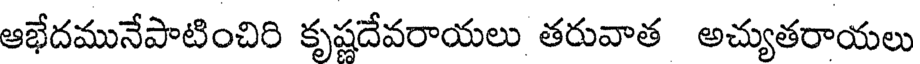
ఆభేదమునేపాటించిరి కృష్ణదేవరాయలు తరువాత అచ్యుతరాయలు